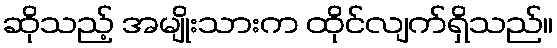
ဆိုသည့် အမျိုးသားက ထိုင်လျက်ရှိသည်။